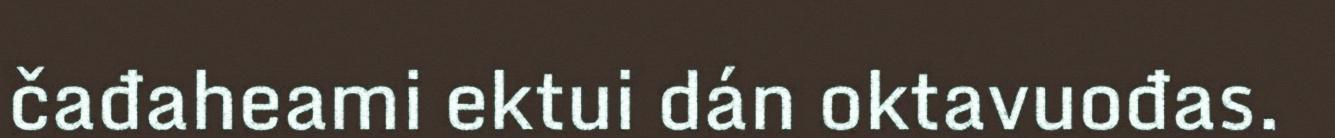
čađaheami ektui dán oktavuođas.